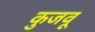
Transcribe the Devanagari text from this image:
कुजवू